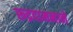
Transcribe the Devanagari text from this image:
रूद्रदामनाने